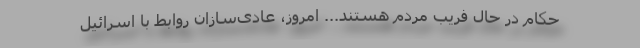
حکام در حال فریب مردم هستند... امروز، عادی‌سازان روابط با اسرائیل